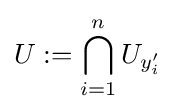
U:=\bigcap _{i=1}^{n}U_{y'_{i}}